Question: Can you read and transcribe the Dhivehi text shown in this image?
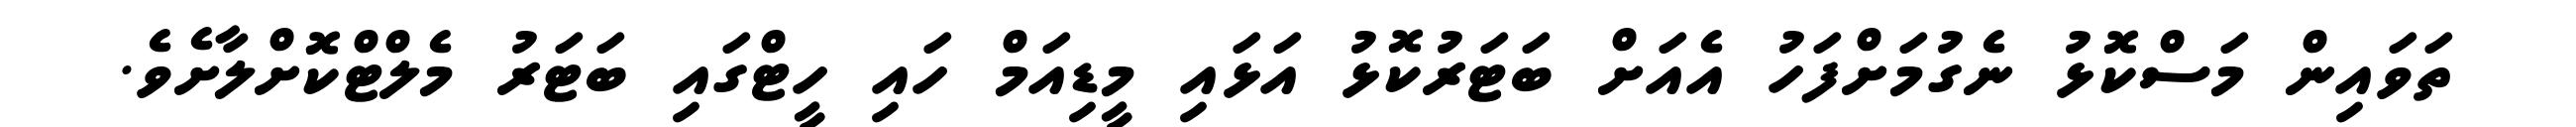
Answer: ތަވައިން މަސްކޮޅު ނެގުމަށްފަހު އެއަށް ބަޓަރުކޮޅު އަޅައި މީޑިއަމް ހައި ހީޓްގައި ބަޓަރު މެލްޓްކޮށްލާށެވެ.